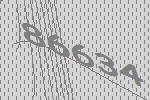
86634